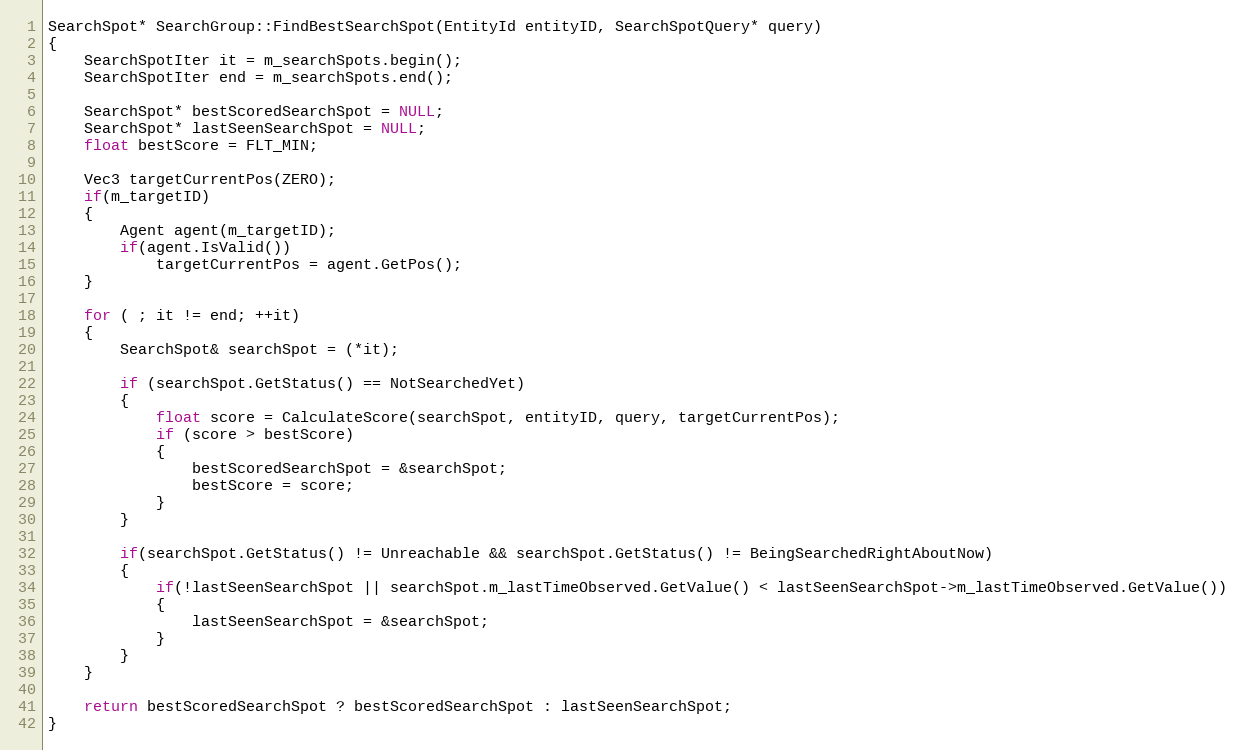
Language: C++
SearchSpot* SearchGroup::FindBestSearchSpot(EntityId entityID, SearchSpotQuery* query)
{
	SearchSpotIter it = m_searchSpots.begin();
	SearchSpotIter end = m_searchSpots.end();

	SearchSpot* bestScoredSearchSpot = NULL;
	SearchSpot* lastSeenSearchSpot = NULL;
	float bestScore = FLT_MIN;

	Vec3 targetCurrentPos(ZERO);
	if(m_targetID)
	{
		Agent agent(m_targetID);
		if(agent.IsValid())
			targetCurrentPos = agent.GetPos();
	}

	for ( ; it != end; ++it)
	{
		SearchSpot& searchSpot = (*it);

		if (searchSpot.GetStatus() == NotSearchedYet)
		{
			float score = CalculateScore(searchSpot, entityID, query, targetCurrentPos);
			if (score > bestScore)
			{
				bestScoredSearchSpot = &searchSpot;
				bestScore = score;
			}
		}

		if(searchSpot.GetStatus() != Unreachable && searchSpot.GetStatus() != BeingSearchedRightAboutNow)
		{
			if(!lastSeenSearchSpot || searchSpot.m_lastTimeObserved.GetValue() < lastSeenSearchSpot->m_lastTimeObserved.GetValue())
			{
				lastSeenSearchSpot = &searchSpot;
			}
		}
	}

	return bestScoredSearchSpot ? bestScoredSearchSpot : lastSeenSearchSpot;
}